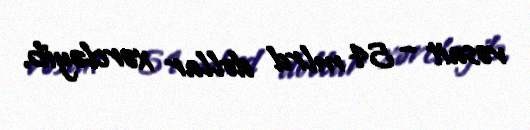
vəsait – 54 mlrd dollar xərcləyib.